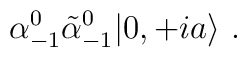
\alpha^0_{-1} \tilde\alpha^0_{-1} |0, + ia \rangle\ .